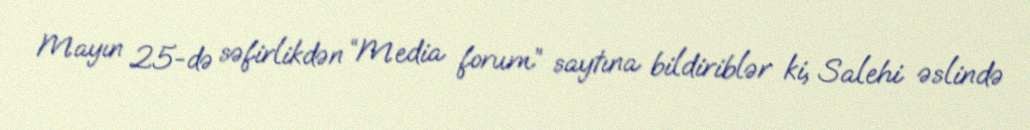
Mayın 25-də səfirlikdən “Media forum” saytına bildiriblər ki, Salehi əslində